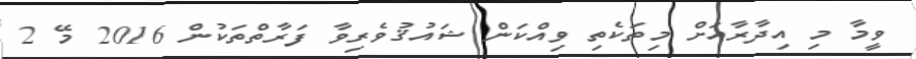
ވީމާ މި އިދާރާއަށް މިތަކެތި ވިއްކަން ޝައުޤުވެރިވާ ފަރާތްތަކުން 2016 މޭ 2